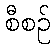
စီစဉ်